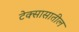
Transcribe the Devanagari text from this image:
टेक्सासातील